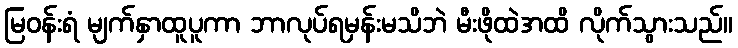
မြဝန်းရံ မျက်နှာထူပူကာ ဘာလုပ်ရမှန်းမသိဘဲ မီးဖိုထဲအထိ လိုက်သွားသည်။